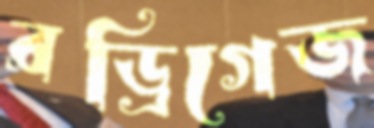
রড্রিগেজ